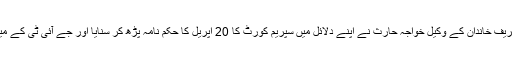
سماعت کے دوران شریف خاندان کے وکیل خواجہ حارث نے اپنے دلائل میں سپریم کورٹ کا 20 اپریل کا حکم نامہ پڑھ کر سنایا اور جے آئی ٹی کے مینڈیٹ کا معاملہ اٹھایا۔